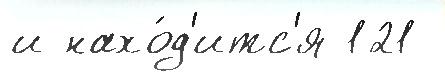
и нахо́д'итс'я 121